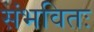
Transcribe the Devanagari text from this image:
संभवितः